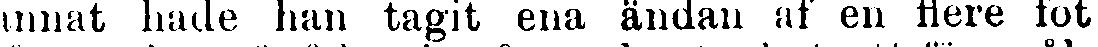
annat hade han tagit ena ändan af en flere fot